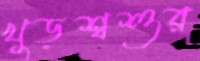
খুড়শ্বশুর